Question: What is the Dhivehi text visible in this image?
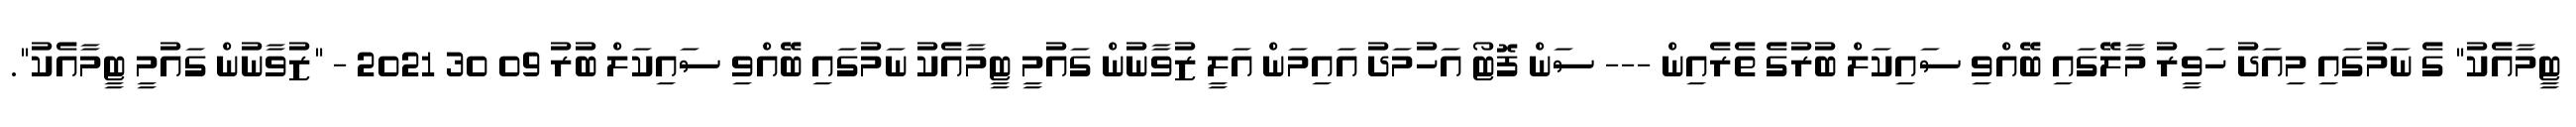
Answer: ޓީމާއެކު" ގެ ނަމުގައި މިއަދު ހަވީރު މާލޭގައި ބޭއްވި ސައިކަލް ބުރުގެ ތެރެއިން --- ސަން ފޮޓޯ އަހުމަދު އައިމަން އަލީ ޒުވާނުން ގައުމީ ޓީމާއެކު ނަމުގައި ބޭއްވި ސައިކަލް ބުރު 09 30 2021 - "ޒުވާނުން ގައުމީ ޓީމާއެކު".